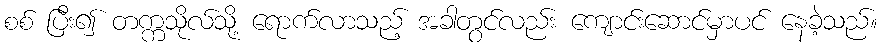
စစ် ပြီး၍ တက္ကသိုလ်သို့ ရောက်လာသည့် အခါတွင်လည်း ကျောင်းဆောင်မှာပင် နေခဲ့သည်။